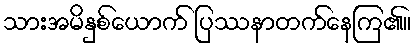
သားအမိနှစ်ယောက် ပြဿနာတက်နေကြ၏။